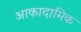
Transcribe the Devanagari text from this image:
आकादामिक